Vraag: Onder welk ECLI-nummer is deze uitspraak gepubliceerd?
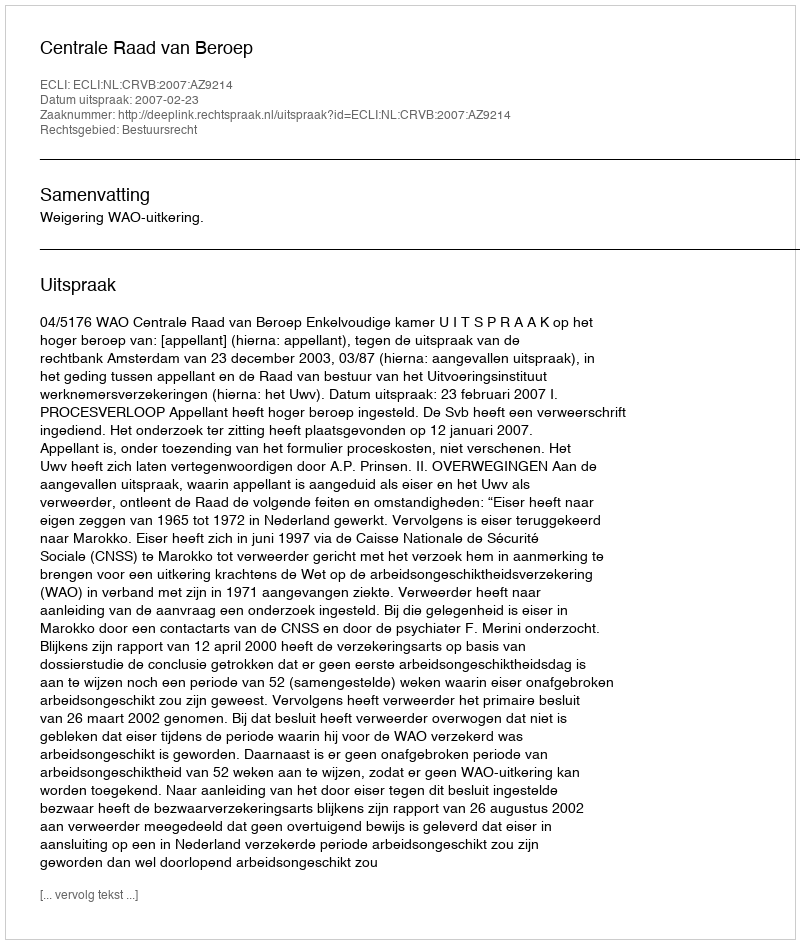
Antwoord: ECLI:NL:CRVB:2007:AZ9214